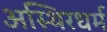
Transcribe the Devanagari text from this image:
अस्थिरधर्म